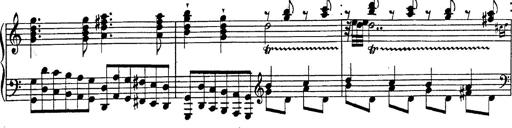
Title: Fantasie Ã¼ber Themen aus Mozarts Figaro und Don Giovanni
Composer: Franz Liszt